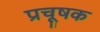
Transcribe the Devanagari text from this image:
प्रचूषक